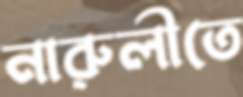
নারুলীতে